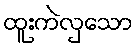
ထူးကဲလှသော